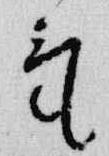
気